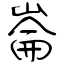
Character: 崙